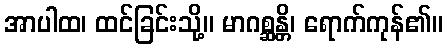
အာပါထ၊ ထင်ခြင်းသို့။ မာဂစ္ဆန္တိ၊ ရောက်ကုန်၏။